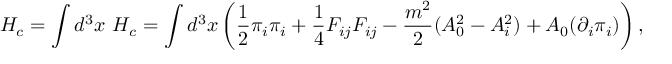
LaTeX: H _ { c } = { \displaystyle \int d ^ { 3 } x ~ { \cal H } _ { c } } = { \displaystyle \int d ^ { 3 } x \left( \frac { 1 } { 2 } { \pi _ { i } } { \pi _ { i } } + { \frac { 1 } { 4 } } F _ { i j } F _ { i j } - \frac { m ^ { 2 } } { 2 } ( A _ { 0 } ^ { 2 } - A _ { i } ^ { 2 } ) + A _ { 0 } ( { \partial _ { i } } \pi _ { i } ) \right) , }